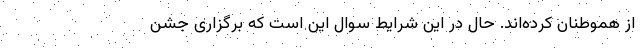
از هموطنان کرده‌اند. حال در این شرایط سوال این است که برگزاری جشن